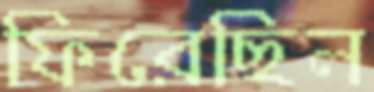
ফিরেছিল